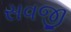
સવજી